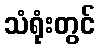
သံရုံးတွင်